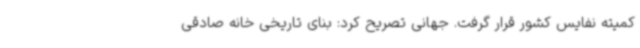
کمیته نفایس کشور قرار گرفت. جهانی تصریح کرد: بنای تاریخی خانه صادقی